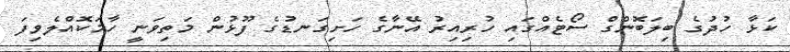
ކަޅާ ހުދުގެ ބިލަބޮންގް ސޯޓެއްގައި ހުރިއިރު އޭނާގެ ހަށިގަނޑުގެ ފޫޅުން މަތިވަނީ ހާމަކޮއްލެވިފަ